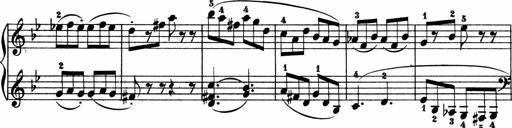
Title: 2 instructive Sonatinen
Composer: Paul Schumacher